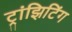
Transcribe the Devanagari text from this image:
ट्रांझिटिंग